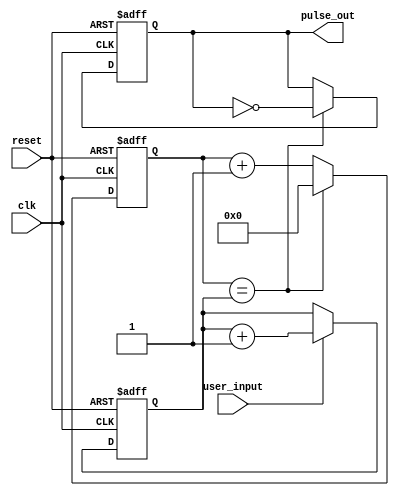
module VariableFrequencyPulseGenerator (
    input wire clk,          // Clock input
    input wire reset,        // Reset input
    input wire user_input,   // User input for setting pulse frequency
    output reg pulse_out     // Output pulse signal
);

reg [15:0] counter;         // 16-bit counter for timing control
reg [15:0] frequency_val;   // 16-bit variable for pulse frequency

// Initialization process
always @ (posedge clk or posedge reset)
begin
    if (reset)
    begin
        counter <= 0;
        frequency_val <= 16'd1000;   // Initial pulse frequency of 1000 Hz
        pulse_out <= 0;
    end
    else
    begin
        // Update pulse frequency based on user input
        if (user_input)
        begin
            frequency_val <= frequency_val + 1;
        end
        
        // Timing control for pulse generation
        if (counter == frequency_val)
        begin
            pulse_out <= ~pulse_out;
            counter <= 0;
        end
        else
        begin
            counter <= counter + 1;
        end
    end
end

endmodule